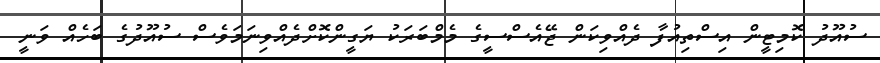
ސުއޫދު ކޮމިޓީން އިސްތިއުފާ ދެއްވިކަން ޖޭއެސްސީގެ މެމްބަރަކު ޔަގީންކޮށްދެއްވިނަމަވެސް ސުއޫދުގެ ބަހެއް ވަނީ